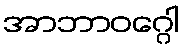
အာဘာဝဂ္ဂေါ